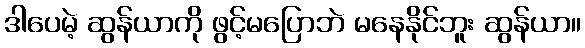
ဒါပေမဲ့ ဆွန်ယာကို ဖွင့်မပြောဘဲ မနေနိုင်ဘူး ဆွန်ယာ။